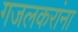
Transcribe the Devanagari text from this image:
गजलकरांना